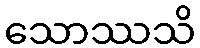
သောဿသိ